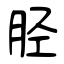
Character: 胫